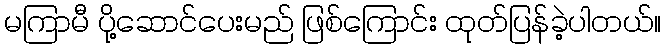
မကြာမီ ပို့ဆောင်ပေးမည် ဖြစ်ကြောင်း ထုတ်ပြန်ခဲ့ပါတယ်။